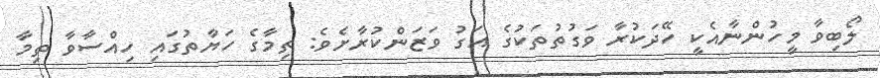
ލޯބިވާ މީހުންނާއެކީ ހޭދަކުރާ ވަގުތުތަކުގެ އަގު ވަޒަންކުރާށެވެ: ތިމާގެ ހަޔާތުގައި ހިއްސާވާ ތިމާ